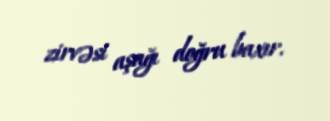
zirvəsi aşağı doğru baxır.